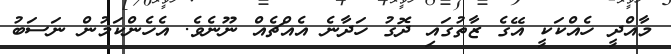
މާއްދީ ހެއްކަކީ އޭގެ ޒާތުގައި ދޮގު ހަދާނެ އެއްޗެއް ނޫނެވެ. އެހެންކަމުން ނަސަބު